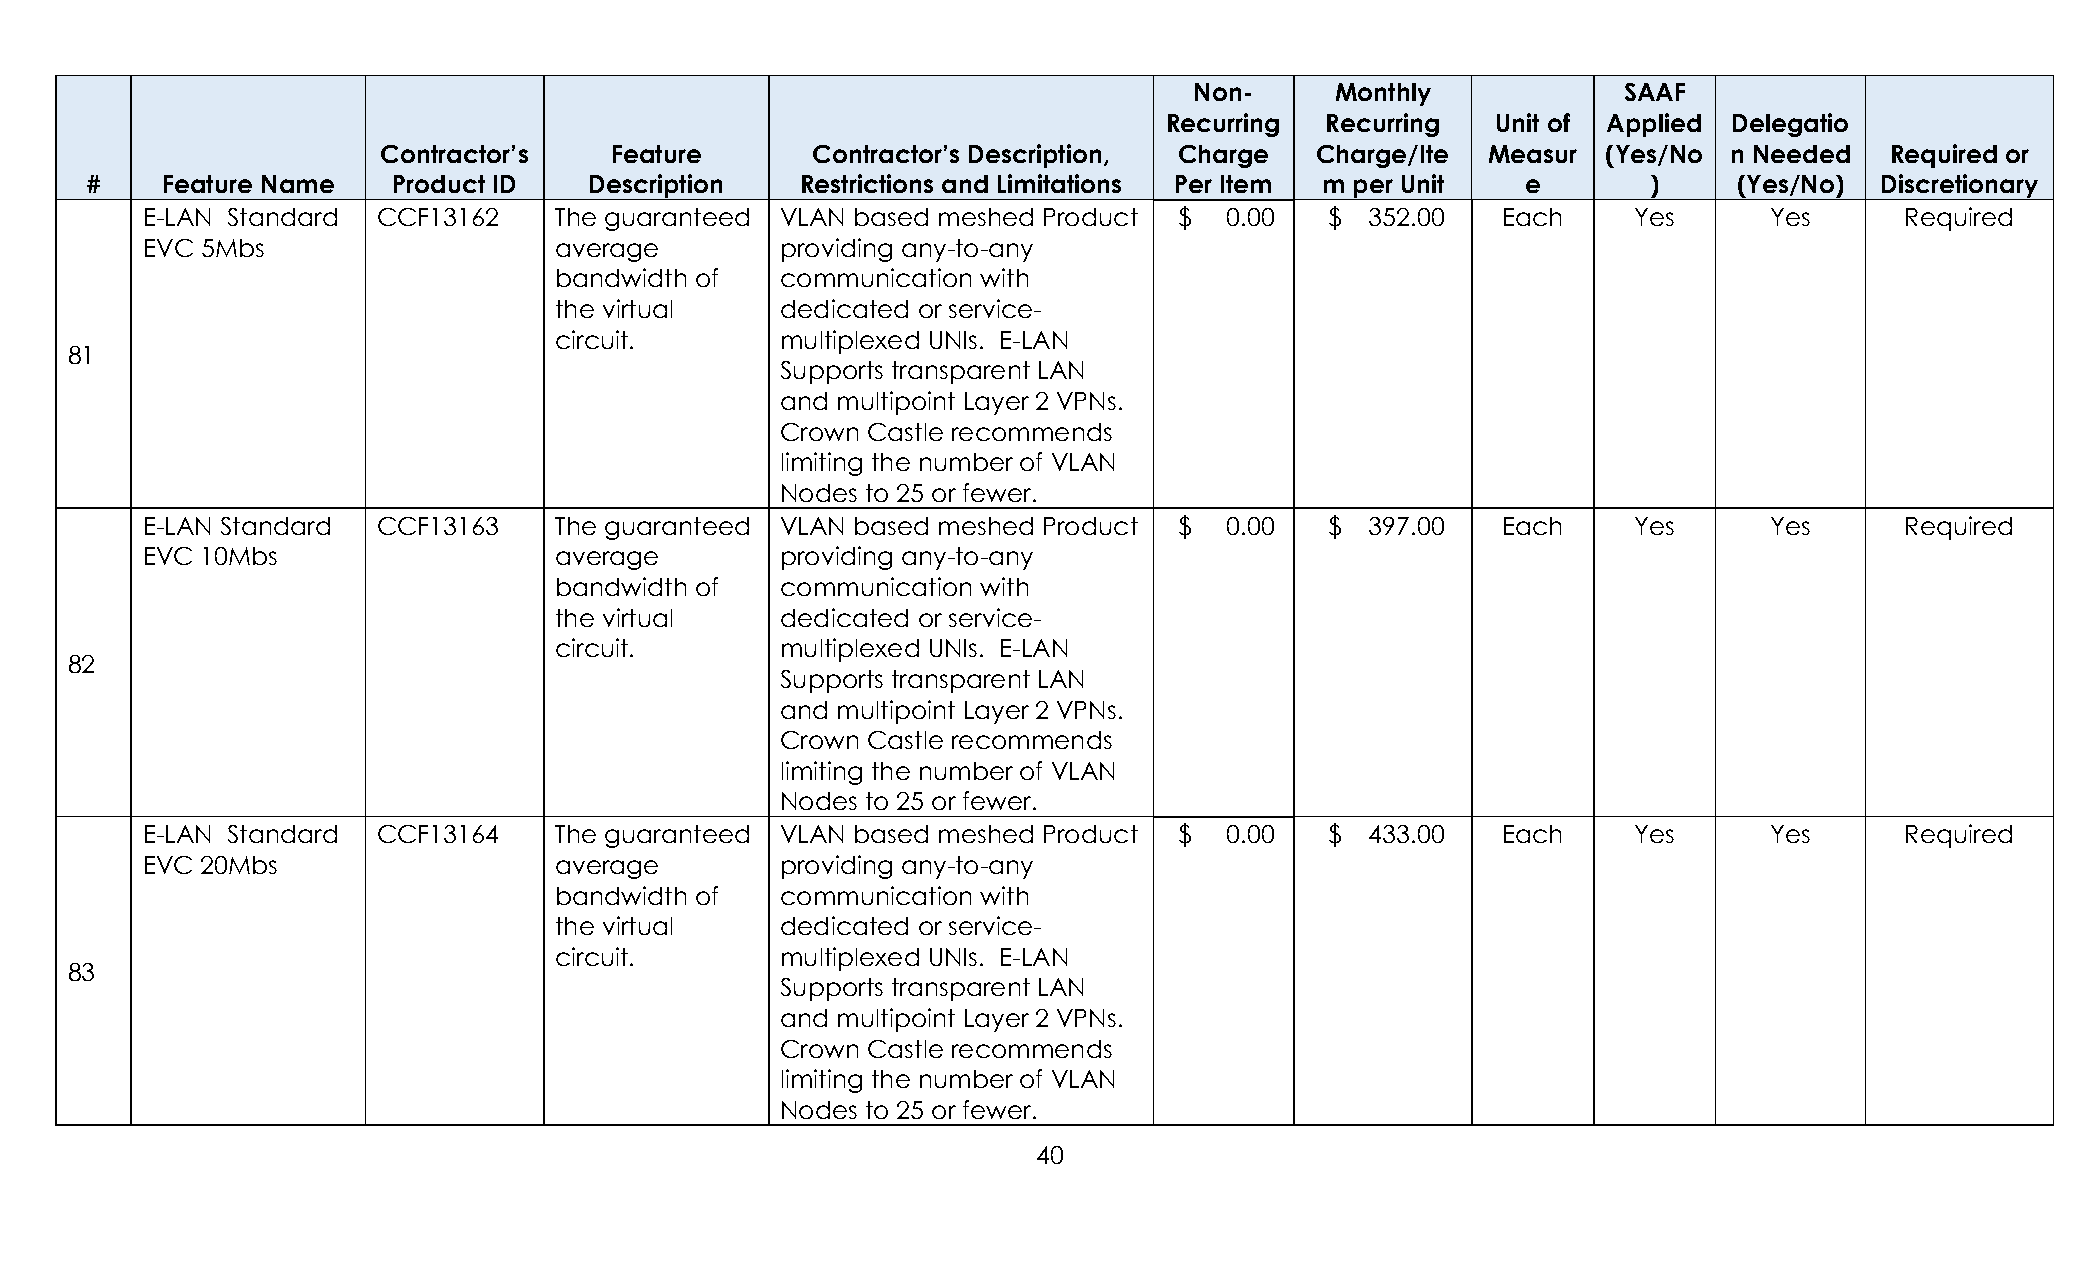
Non-     Monthly            SAAF
 Recurring  Recurring  Unit of Applied Delegatio
 Contractor’s   Feature       Contractor’s Description, Charge Charge/Ite  Measur (Yes/No  n Needed  Required or
 #    Feature Name   Product ID   Description   Restrictions and Limitations Per Item m per Unit e      )     (Yes/No) Discretionary
 E-LAN Standard  CCF13162    The guaranteed VLAN based meshed Product $  0.00   $  352.00  Each     Yes      Yes      Required
 EVC 5Mbs                    average        providing any-to-any
 bandwidth of   communication with
 the virtual    dedicated or service-
 circuit.       multiplexed UNIs. E-LAN
 81
 Supports transparent LAN
 and multipoint Layer 2 VPNs.
 Crown Castle recommends
 limiting the number of VLAN
 Nodes to 25 or fewer.
 E-LAN Standard  CCF13163    The guaranteed VLAN based meshed Product $  0.00   $  397.00  Each     Yes      Yes      Required
 EVC 10Mbs                   average        providing any-to-any
 bandwidth of   communication with
 the virtual    dedicated or service-
 circuit.       multiplexed UNIs. E-LAN
 82
 Supports transparent LAN
 and multipoint Layer 2 VPNs.
 Crown Castle recommends
 limiting the number of VLAN
 Nodes to 25 or fewer.
 E-LAN Standard  CCF13164    The guaranteed VLAN based meshed Product $  0.00   $  433.00  Each     Yes      Yes      Required
 EVC 20Mbs                   average        providing any-to-any
 bandwidth of   communication with
 the virtual    dedicated or service-
 circuit.       multiplexed UNIs. E-LAN
 83
 Supports transparent LAN
 and multipoint Layer 2 VPNs.
 Crown Castle recommends
 limiting the number of VLAN
 Nodes to 25 or fewer.
 40